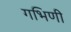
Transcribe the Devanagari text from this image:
गभिणी